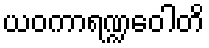
ယဝကာရဏ္ဍဝေါတိ